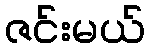
ဇင်းမယ်